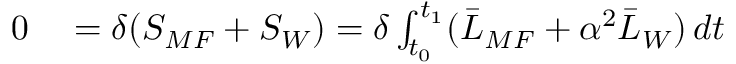
\begin{array} { r l } { 0 } & { { } = \delta ( S _ { M F } + S _ { W } ) = \delta \int _ { t _ { 0 } } ^ { t _ { 1 } } ( \bar { L } _ { M F } + \alpha ^ { 2 } \bar { L } _ { W } ) \, d t } \end{array}